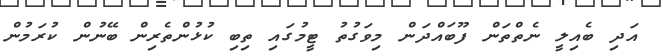
އަދި ބެއިލީ ނެތްތަން ފޫބައްދަން މިވަގުތު ޓީމުގައި ތިބި ކުޅުންތެރިން ބޭނުން ކުރަމުން